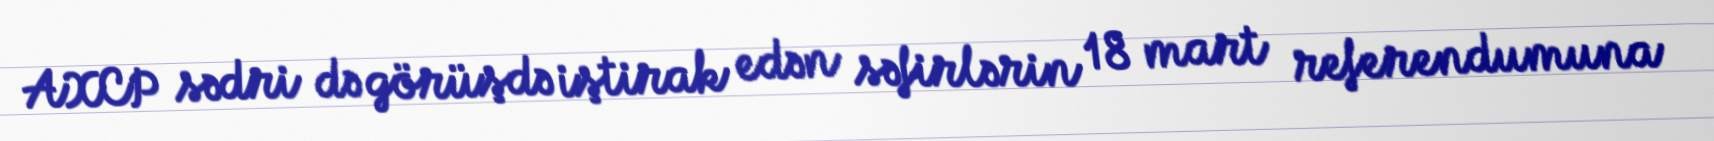
AXCP sədri də görüşdə iştirak edən səfirlərin 18 mart referendumuna